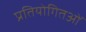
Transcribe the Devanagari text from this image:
प्रतियोगितओं